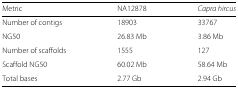
<table><thead><tr><td><b>Metric</b></td><td><b>NA12878</b></td><td><b><i>Capra hircus</i></b></td></tr></thead><tbody><tr><td>Number of contigs</td><td>18903</td><td>33767</td></tr><tr><td>NG50</td><td>26.83 Mb</td><td>3.86 Mb</td></tr><tr><td>Number of scaffolds</td><td>1555</td><td>127</td></tr><tr><td>Scaffold NG50</td><td>60.02 Mb</td><td>58.64 Mb</td></tr><tr><td>Total bases</td><td>2.77 Gb</td><td>2.94 Gb</td></tr></tbody></table>